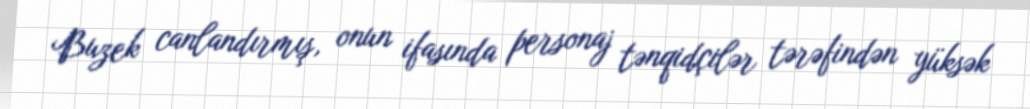
Buzek canlandırmış, onun ifasında personaj tənqidçilər tərəfindən yüksək